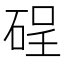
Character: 𱴇